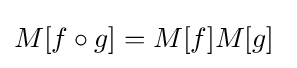
M[f\circ g]=M[f]M[g]~